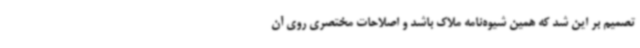
تصمیم بر این شد که همین شیوه‌نامه ملاک باشد و اصلاحات مختصری روی آن